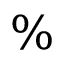
\%